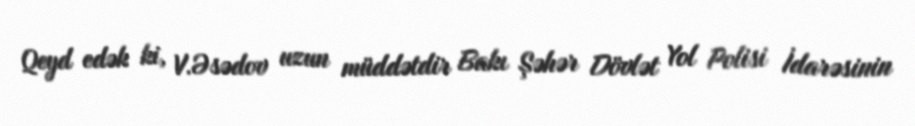
Qeyd edək ki, V.Əsədov uzun müddətdir Bakı Şəhər Dövlət Yol Polisi İdarəsinin